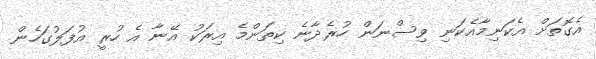
އެގޮތަށް އެކަނިމާއެކަނި ވިސްނަން ހުރެދާނެ ކިތަންމެ އިރަކު އޭނާ އެ ހުރީ އުފަލުގަހެން